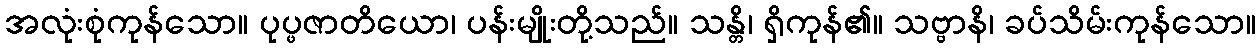
အလုံးစုံကုန်သော။ ပုပ္ဖဇာတိယော၊ ပန်းမျိုးတို့သည်။ သန္တိ၊ ရှိကုန်၏။ သဗ္ဗာနိ၊ ခပ်သိမ်းကုန်သော။